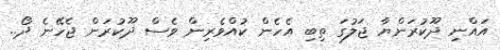
އަައްނި ދޫކުރަންޔާ ޖަލުގަ ތިބި އެހެން ކުއްވެރިން ވެސް ދޫކުރަން ޖެހޭނެ ދޯ..